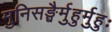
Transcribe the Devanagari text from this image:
मुनिसङ्घैर्मुहुर्मुहुः